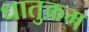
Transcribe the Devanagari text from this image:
धातुक्रम